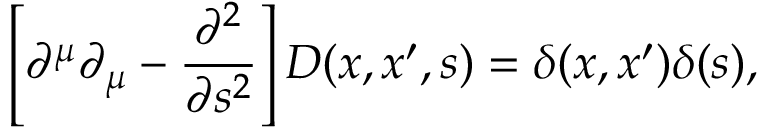
\left[ \partial ^ { \mu } \partial _ { \mu } - \frac { \partial ^ { 2 } } { \partial s ^ { 2 } } \right] D ( x , x ^ { \prime } , s ) = \delta ( x , x ^ { \prime } ) \delta ( s ) ,